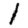
Digit: 1